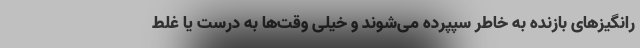
رانگیزهای بازنده به خاطر سپپرده می‌شوند و خیلی وقت‌ها به درست یا غلط